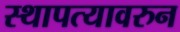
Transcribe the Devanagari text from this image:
स्थापत्यावरुन